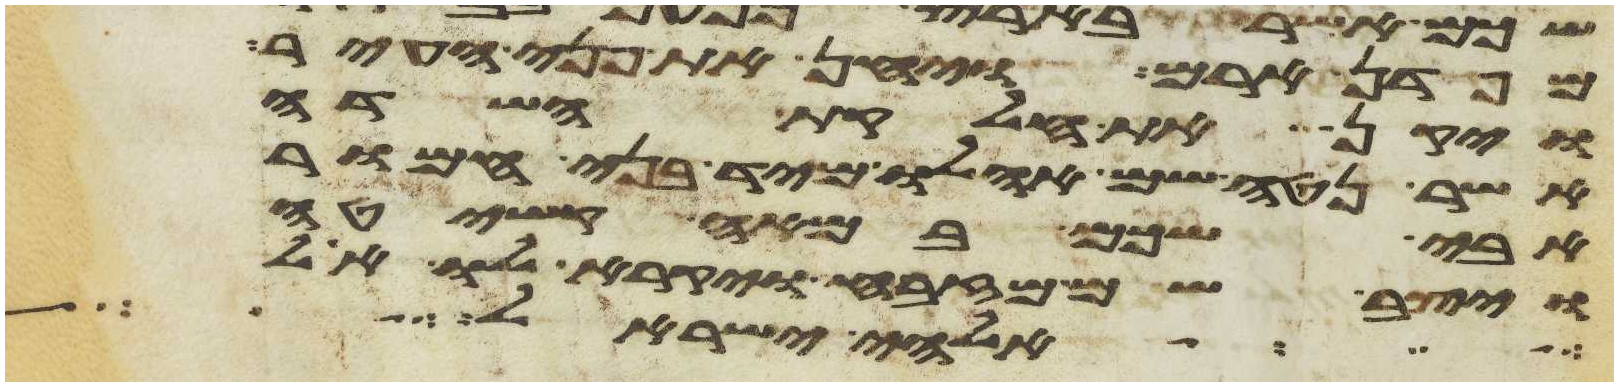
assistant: מפדן ארם ויחן את פני העיר
ויקן את חלקת השדה
אשר נטה שם אהלו מיד בני חמור
אבי שכם במאה קשיטה
ויצב שם מזבח ויקרא לו אל
אלהי ישראל